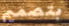
بتصميم